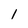
Character: 1